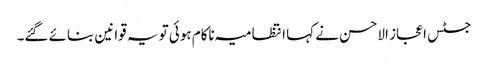
جسٹس اعجاز الاحسن نے کہا انتظامیہ ناکام ہوئی تو یہ قوانین بنائے گئے۔